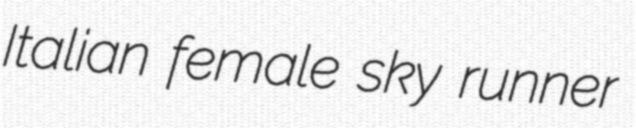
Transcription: Italian female sky runner